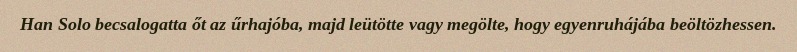
Han Solo becsalogatta őt az űrhajóba, majd leütötte vagy megölte, hogy egyenruhájába beöltözhessen.